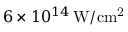
6 \times 1 0 ^ { 1 4 } \, \mathrm { W / c m ^ { 2 } }